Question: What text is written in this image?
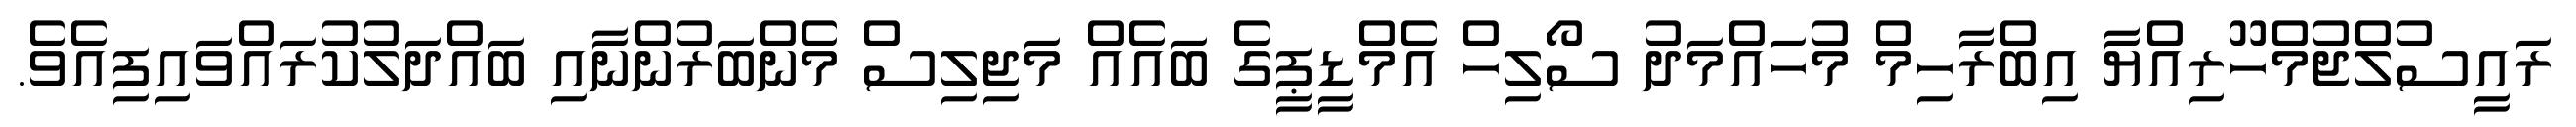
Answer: ރައީސުލްޖުމްހޫރިއްޔާ އިބްރާހިމް މުހައްމަދު ސޯލިހް އެމްޑީޕީގެ ބައެއް މަޖިލިސް މެންބަރުންނާއި ބައްދަލުކުރައްވައިފިއެވެ.